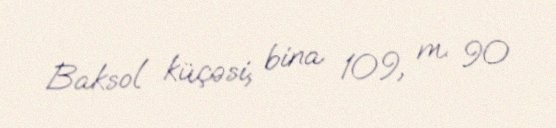
Baksol küçəsi, bina 109, m. 90